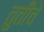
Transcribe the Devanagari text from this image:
तुतीचे